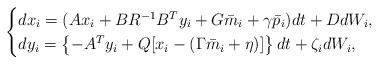
LaTeX: \begin{align*} \begin{cases}dx_i =( Ax_i +BR^{-1}B^Ty_i +G \bar m_i+\gamma \bar p_i) dt +D dW_i,\\dy_i=\left\{-A^T y_i +Q[x_i-(\Gamma\bar m_i+\eta)]\right\} dt +\zeta_i dW_i,\end{cases}\end{align*}